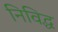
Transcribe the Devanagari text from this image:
निविद्ध